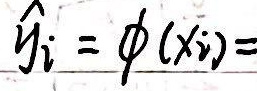
\(\hat{y}_{i}=\phi(x_{i})=\)